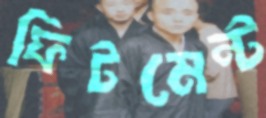
ফিটমেন্ট